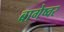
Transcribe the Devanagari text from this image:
बागेष्वर